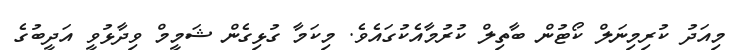
މިއަދު ކުރިމިނަލް ކޯޓުން ބާތިލް ކުރުމާއެކުގައެވެ. މިކަމާ ގުޅިގެން ޝަމީމް ވިދާޅުވީ އަދީބުގެ